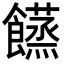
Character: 𩟘